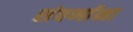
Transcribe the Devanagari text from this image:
संवर्णाना